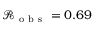
\mathcal { R _ { \mathrm { ~ o ~ b ~ s ~ } } } = 0 . 6 9